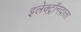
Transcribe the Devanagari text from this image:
इलेक्ट्रॉनदाता